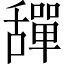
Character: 𦧴